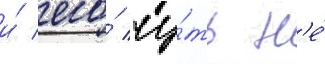
и́ его́ чу́ть н'е́